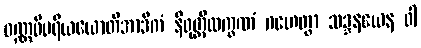
ဝဏ္ဏဝိပရိယယောတိအာဒိကံ နိရုတ္တိလက္ခဏံ ဂဟေတွာ သဒ္ဒနယေန ဝါ